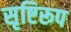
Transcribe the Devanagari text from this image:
सृष्टिरूप